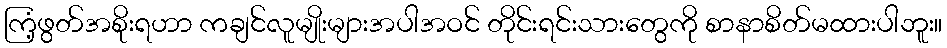
ကြံ့ဖွတ်အစိုးရဟာ ကချင်လူမျိုးများအပါအဝင် တိုင်းရင်းသားတွေကို စာနာစိတ်မထားပါဘူး။